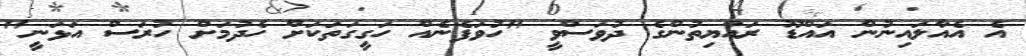
އެ އެއާލައިނުން އައްޑޫ ރައްޔިތުންގެ ދުވަސްވީ "ހުވަފެނެއް ހަގީގަތަކަށް ހެދުމަށް ހުރަސް އަޅަނީ"